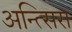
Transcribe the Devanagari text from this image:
अन्त्सिरा